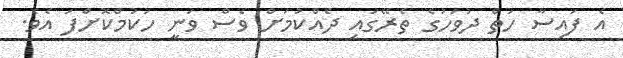
އެ ފައިސާ ހަތް ދުވަހުގެ ތެރޭގައި ދެއްކުމަށް ވެސް ވަނީ ހުކުމްކޮށްފަ އެވެ.